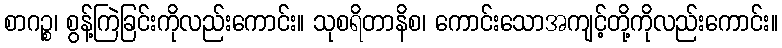
စာဂဉ္စ၊ စွန့်ကြဲခြင်းကိုလည်းကောင်း။ သုစရိတာနိစ၊ ကောင်းသောအကျင့်တို့ကိုလည်းကောင်း။